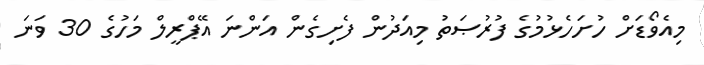
މިއެވޯޑަށް ހުށަހެޅުމުގެ ފުރުޞަތު މިއަދުން ފެށިގެން އަންނަ އޭޕްރީލް މަހުގެ 30 ވަނަ